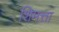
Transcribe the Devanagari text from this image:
शिमत्ता